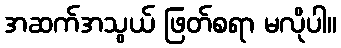
အဆက်အသွယ် ဖြတ်စရာ မလိုပါ။